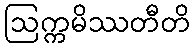
ဩက္ကမိဿတီတိ